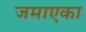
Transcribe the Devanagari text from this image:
जमाएका